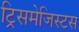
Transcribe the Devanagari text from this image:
ट्रिसमेजिस्टस